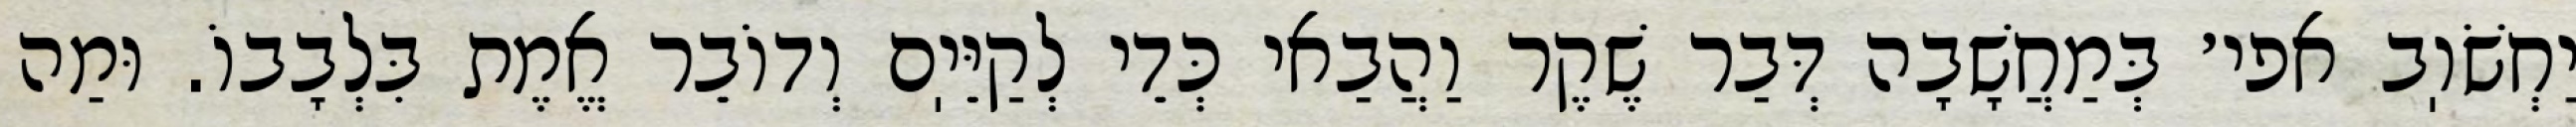
יַחְשֹׁוֽב אפי׳ בְּמַחֲשָׁבָה דְּבַר שֶׁקֶר וַהֲבַאי כְּדֵי לְקַיֵּיֽם וְדוֹבֵר אֱמֶת בִּלְבָבוֹ. וּמַה